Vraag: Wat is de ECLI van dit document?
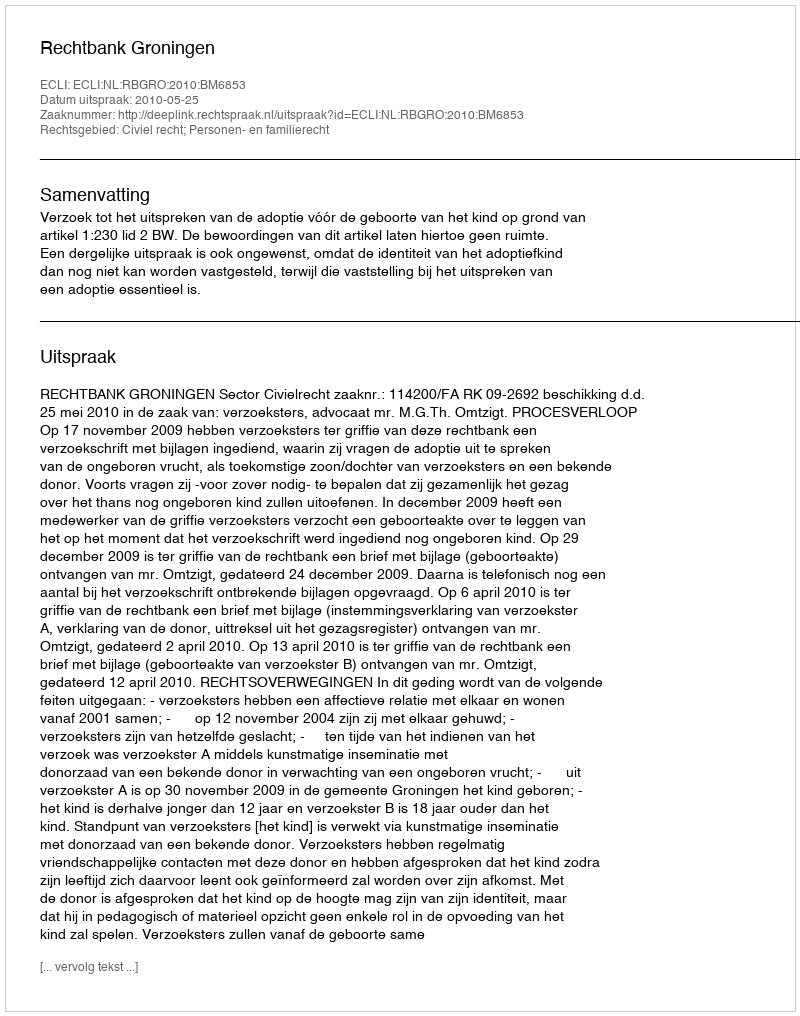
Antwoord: ECLI:NL:RBGRO:2010:BM6853